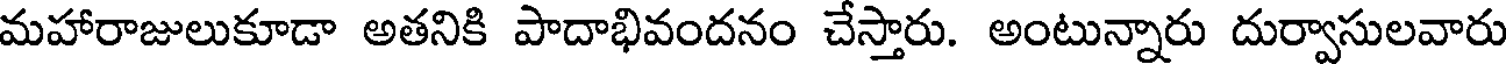
మహారాజులుకూడా అతనికి పాదాభివందనం చేస్తారు. అంటున్నారు దుర్వాసులవారు